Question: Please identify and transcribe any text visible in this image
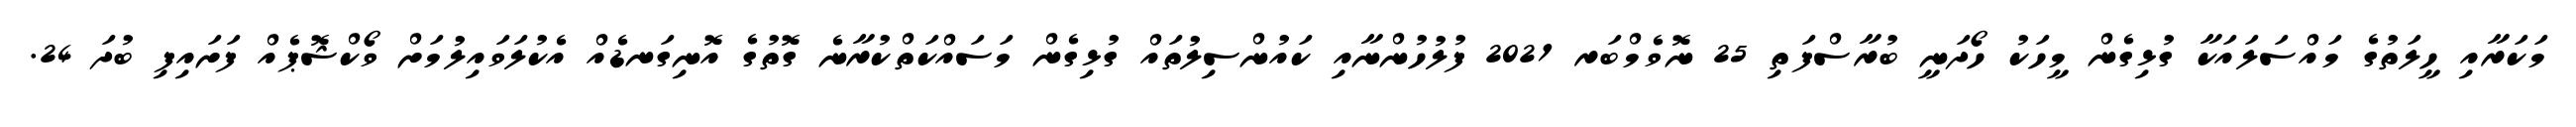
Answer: މަކަރާއި ހީލަތުގެ މައްސަލައަކާ ގުޅިގެން މީހަކު ހޯދަނީ ބުރާސްފަތި 25 ނޮވެމްބަރ 2021 ފުލުހުންނާއި ކައުންސިލުތައް ގުޅިގެން މަސައްކަތްކުރާނެ ގޮތުގެ އޮނިގަނޑެއް އެކުލަވައިލުމަށް ވޯކްޝޮޕެއް ފަށައިފި ބުދަ 24.